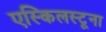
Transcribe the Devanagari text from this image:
एस्किलस्टूना